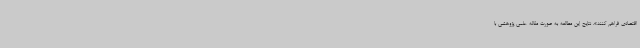
اقتصادی فراهم کنند». نتایج این مطالعه به صورت مقاله علمی پژوهشی با